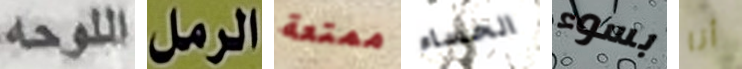
اللوحه الرمل ممتعة الحساء بسوء أنا